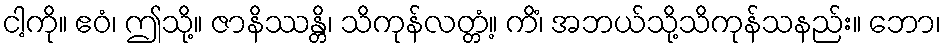
ငါ့ကို။ ဧဝံ၊ ဤသို့။ ဇာနိဿန္တိ၊ သိကုန်လတ္တံ့။ ကိံ၊ အဘယ်သို့သိကုန်သနည်း။ ဘော၊